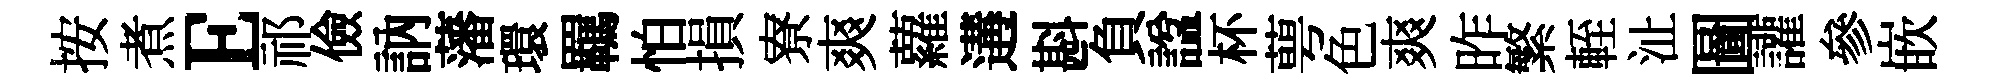
按煮E祁儉訥藩環羈怕損寮爽蘿遘斟負諡杯萼色爽昨繁輊沚圖讙參嵌